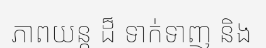
ភាពយន្ត ដ៏ ទាក់ទាញ និង